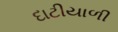
દાટીયાળી